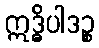
ဣဒ္ဓိပါဒဉ္စ